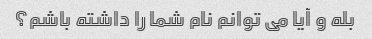
بله و آیا می توانم نام شما را داشته باشم؟